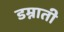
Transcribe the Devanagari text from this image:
डम्नाती